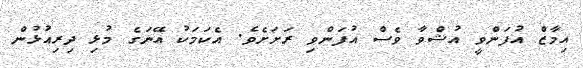
އިމާޒް އުފަންވީ އުޝްވާ ވެސް އުފަންވި ރަށަށެވެ. އެކަމަކު އޭނަގެ މުޅި ދިރިއުޅުން